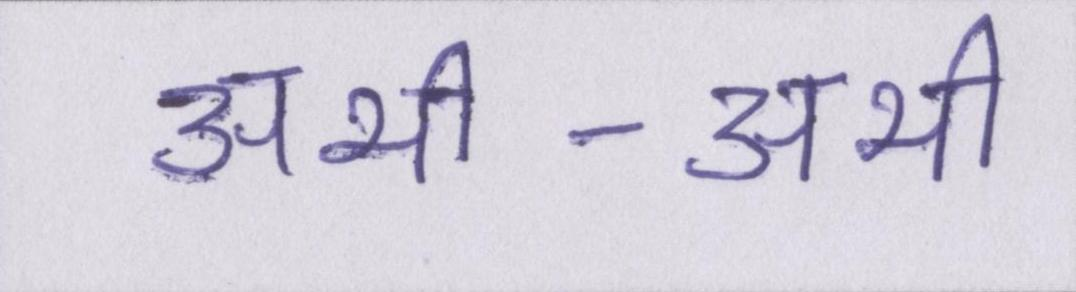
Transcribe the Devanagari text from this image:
अभी-अभी